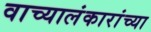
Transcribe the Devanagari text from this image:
वाच्यालंकारांच्या